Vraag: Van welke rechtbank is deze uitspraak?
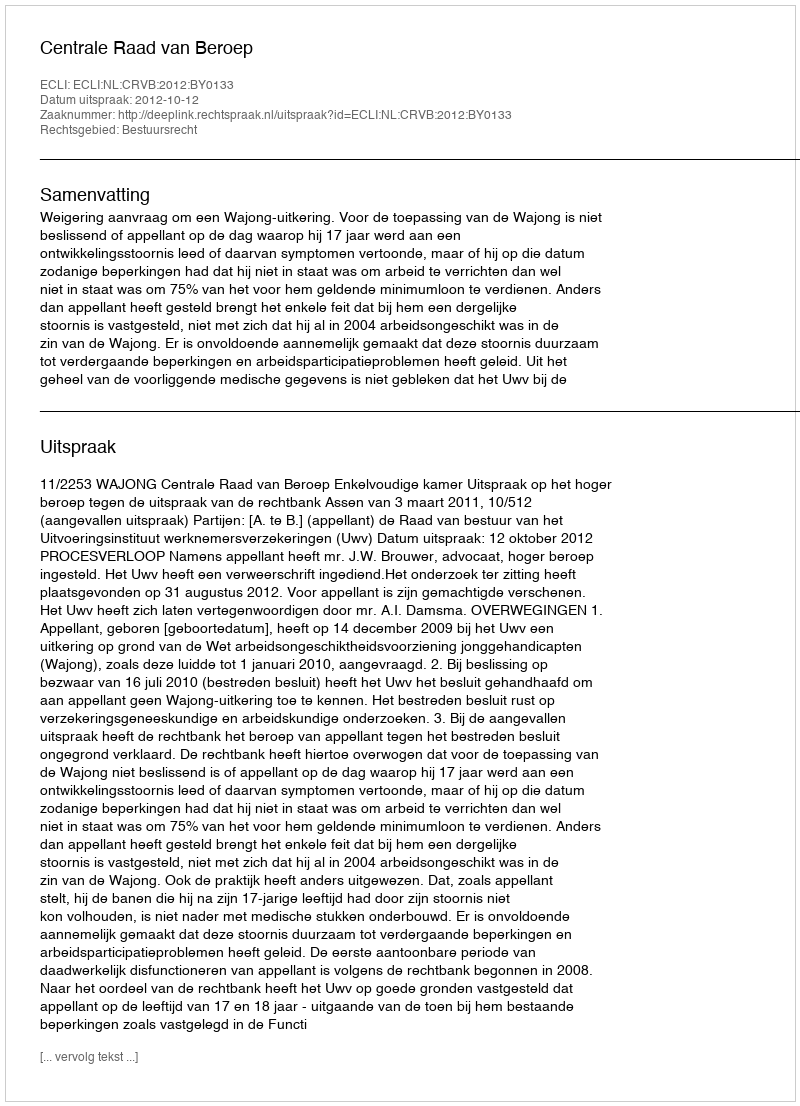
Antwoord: Centrale Raad van Beroep